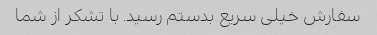
سفارش خیلی سریع بدستم رسید. با تشکر از شما